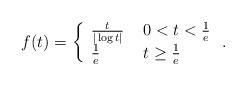
LaTeX: \begin{align*}f(t)=\left\{\begin{array}{ll}\frac{t}{|\log t|} & \ 0<t<\frac 1 e\\\frac 1 e & \ t\ge \frac 1 e\end{array}\right. . \end{align*}